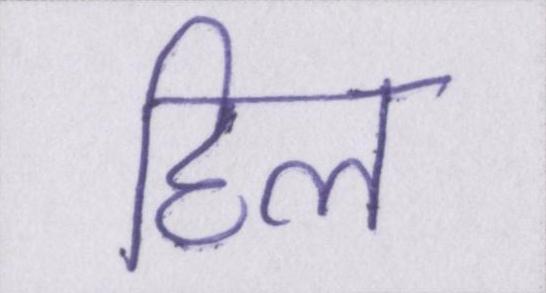
हिल